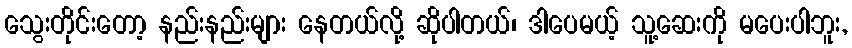
သွေးတိုင်းတော့ နည်းနည်းများ နေတယ်လို့ ဆိုပါတယ်၊ ဒါပေမယ့် သူ့ဆေးကို မပေးပါဘူး,